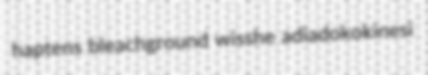
haptens bleachground wisshe adiadokokinesi